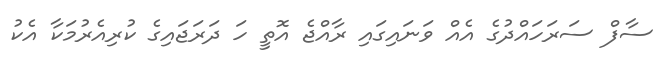
ސާފް ސަރަހައްދުގެ އެއް ވަނައިގައި ރާއްޖެ އޮތީ ހަ ދަރަޖައިގެ ކުރިއެރުމަކާ އެކު